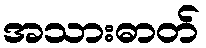
အသားဓာတ်